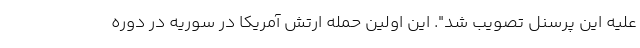
علیه این پرسنل تصویب شد". این اولین حمله ارتش آمریکا در سوریه در دوره